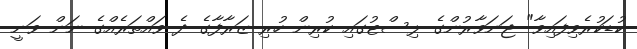
ކުޑަކުރެވިފައިވާ" ޖަނަވާރުންގެ ލިސްޓުގައި ކުރިން ހުރި ޒަރާފާގެ ދެ ވައްތަރެއްގެ ނަން ވަނީ